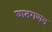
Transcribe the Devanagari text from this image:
घातगणन